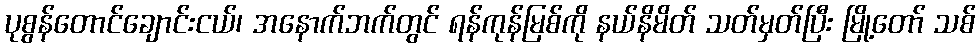
ပုစွန်တောင်ချောင်းငယ်၊ အနောက်ဘက်တွင် ရန်ကုန်မြစ်ကို နယ်နိမိတ် သတ်မှတ်ပြီး မြို့တော် သစ်